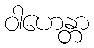
ဝါဟေန္တာ